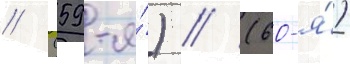
// (59-я́) // (60-я́)